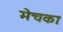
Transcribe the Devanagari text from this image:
मेचका